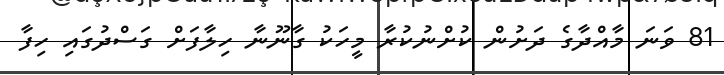
81 ވަނަ މާއްދާގެ ދަށުން ކުށްނުކުރާ މީހަކު ގާނޫނާ ހިލާފަށް ގަސްދުގައި ހިފާ